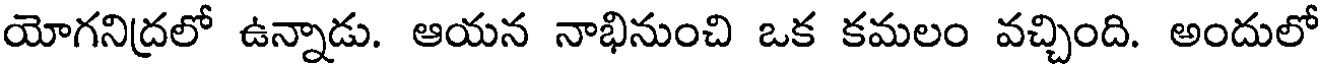
యోగనిద్రలో ఉన్నాడు. ఆయన నాభినుంచి ఒక కమలం వచ్చింది. అందులో